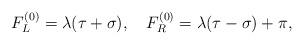
LaTeX: \begin{align*}F^{(0)}_L = \lambda(\tau + \sigma), ~~~F^{(0)}_R = \lambda(\tau - \sigma) + \pi,\end{align*}